Vaccination United Provinces of Agra and Oudh 1923-1928 - 1923-1928
Year: 1923
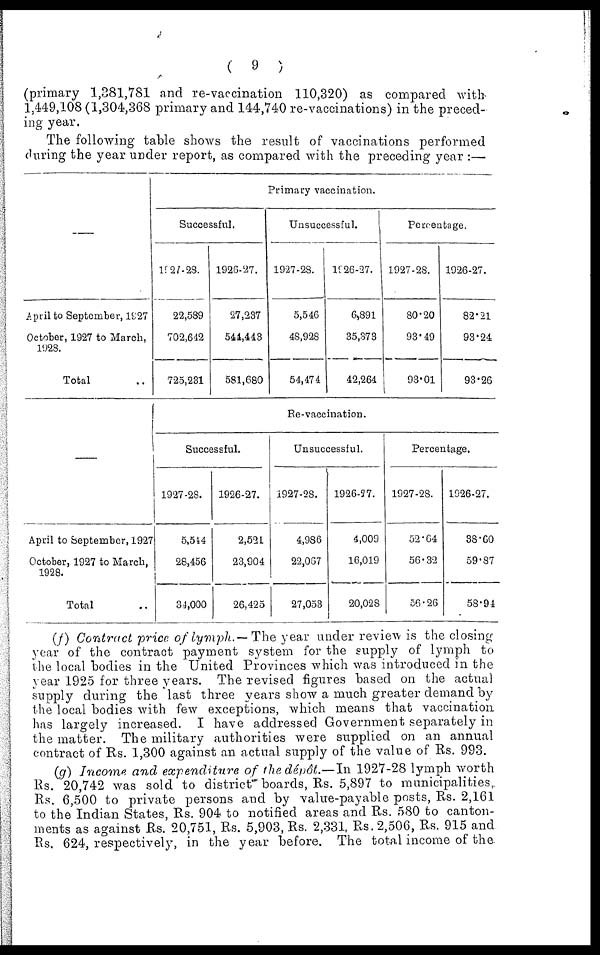
(
9 )
(primary 1,381,781 and re-vaccination 110,320) as compared with
1,449,108 (1,304,368 primary and 144,740 re-vaccinations) in the preced-
ing year.
The following table shows the result of vaccinations performed
during the year under report, as compared with the preceding year :—
—
April to September, 1927
October, 1927 to March,
1928.
Total ..
Primary vaccination.
Successful.
1927-28.
22,589
702,612
725,231
1926-27.
27,237
541,443
581,680
Unsuccessful.
1927-28.
5,546
48,928
54,474
1926-27.
6,891
35,373
42,264
Percentage.
1927-28.
80.20
93.49
93.01
1926-27.
82.21
93.24
93.26
—
April to September, 1927
October, 1927 to March,
1928.
Total ..
Re-vaccination.
Successful.
1927-28.
5,514
28,456
34,000
1926-27.
2,521
23,904
26,425
Unsuccessful.
1927-28.
4,986
22,067
27,053
1926-27.
4,009
16,019
20,028
Percentage.
1927-28.
52.64
56.32
56.26
1926-27.
38.60
59.87
58.94
(f) Contract price of lymph.—The year under review is the closing-
year of the contract payment system for the supply of lymph to
the local bodies in the United Provinces which was introduced in the
year 1925 for three years. The revised figures based on the actual
supply during the last three years show a much greater demand by
the local bodies with few exceptions, which means that vaccination
has largely increased. I have addressed Government separately in
the matter. The military authorities were supplied on an annual
contract of Rs. 1,300 against an actual supply of the value of Rs. 993.
(g) Income and expenditure of the dépôt.—In 1927-28 lymph worth
Rs. 20,742 was sold to district boards, Rs. 5,897 to municipalities,
Rs. 6,500 to private persons and by value-payable posts, Rs. 2,161
to the Indian States, Rs. 904 to notified areas and Rs. 580 to canton-
ments as against Rs. 20,751, Rs. 5,903, Rs. 2,331, Rs.2,506, Rs. 915 and
Rs. 624, respectively, in the year before. The total income of the.